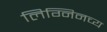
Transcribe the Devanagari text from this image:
लिग्निनच्य